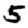
Digit: 5